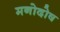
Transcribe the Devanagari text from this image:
मनोदोष